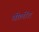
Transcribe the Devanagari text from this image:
वोलोंट